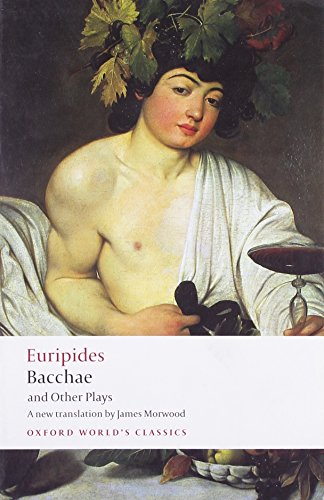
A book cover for Bacchae and Other Plays: Iphigenia among the Taurians; Bacchae; Iphigenia at Aulis; Rhesus (Oxford World's Classics); Euripides; Literature & Fiction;